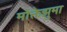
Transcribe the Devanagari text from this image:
मोक्तेझुमा